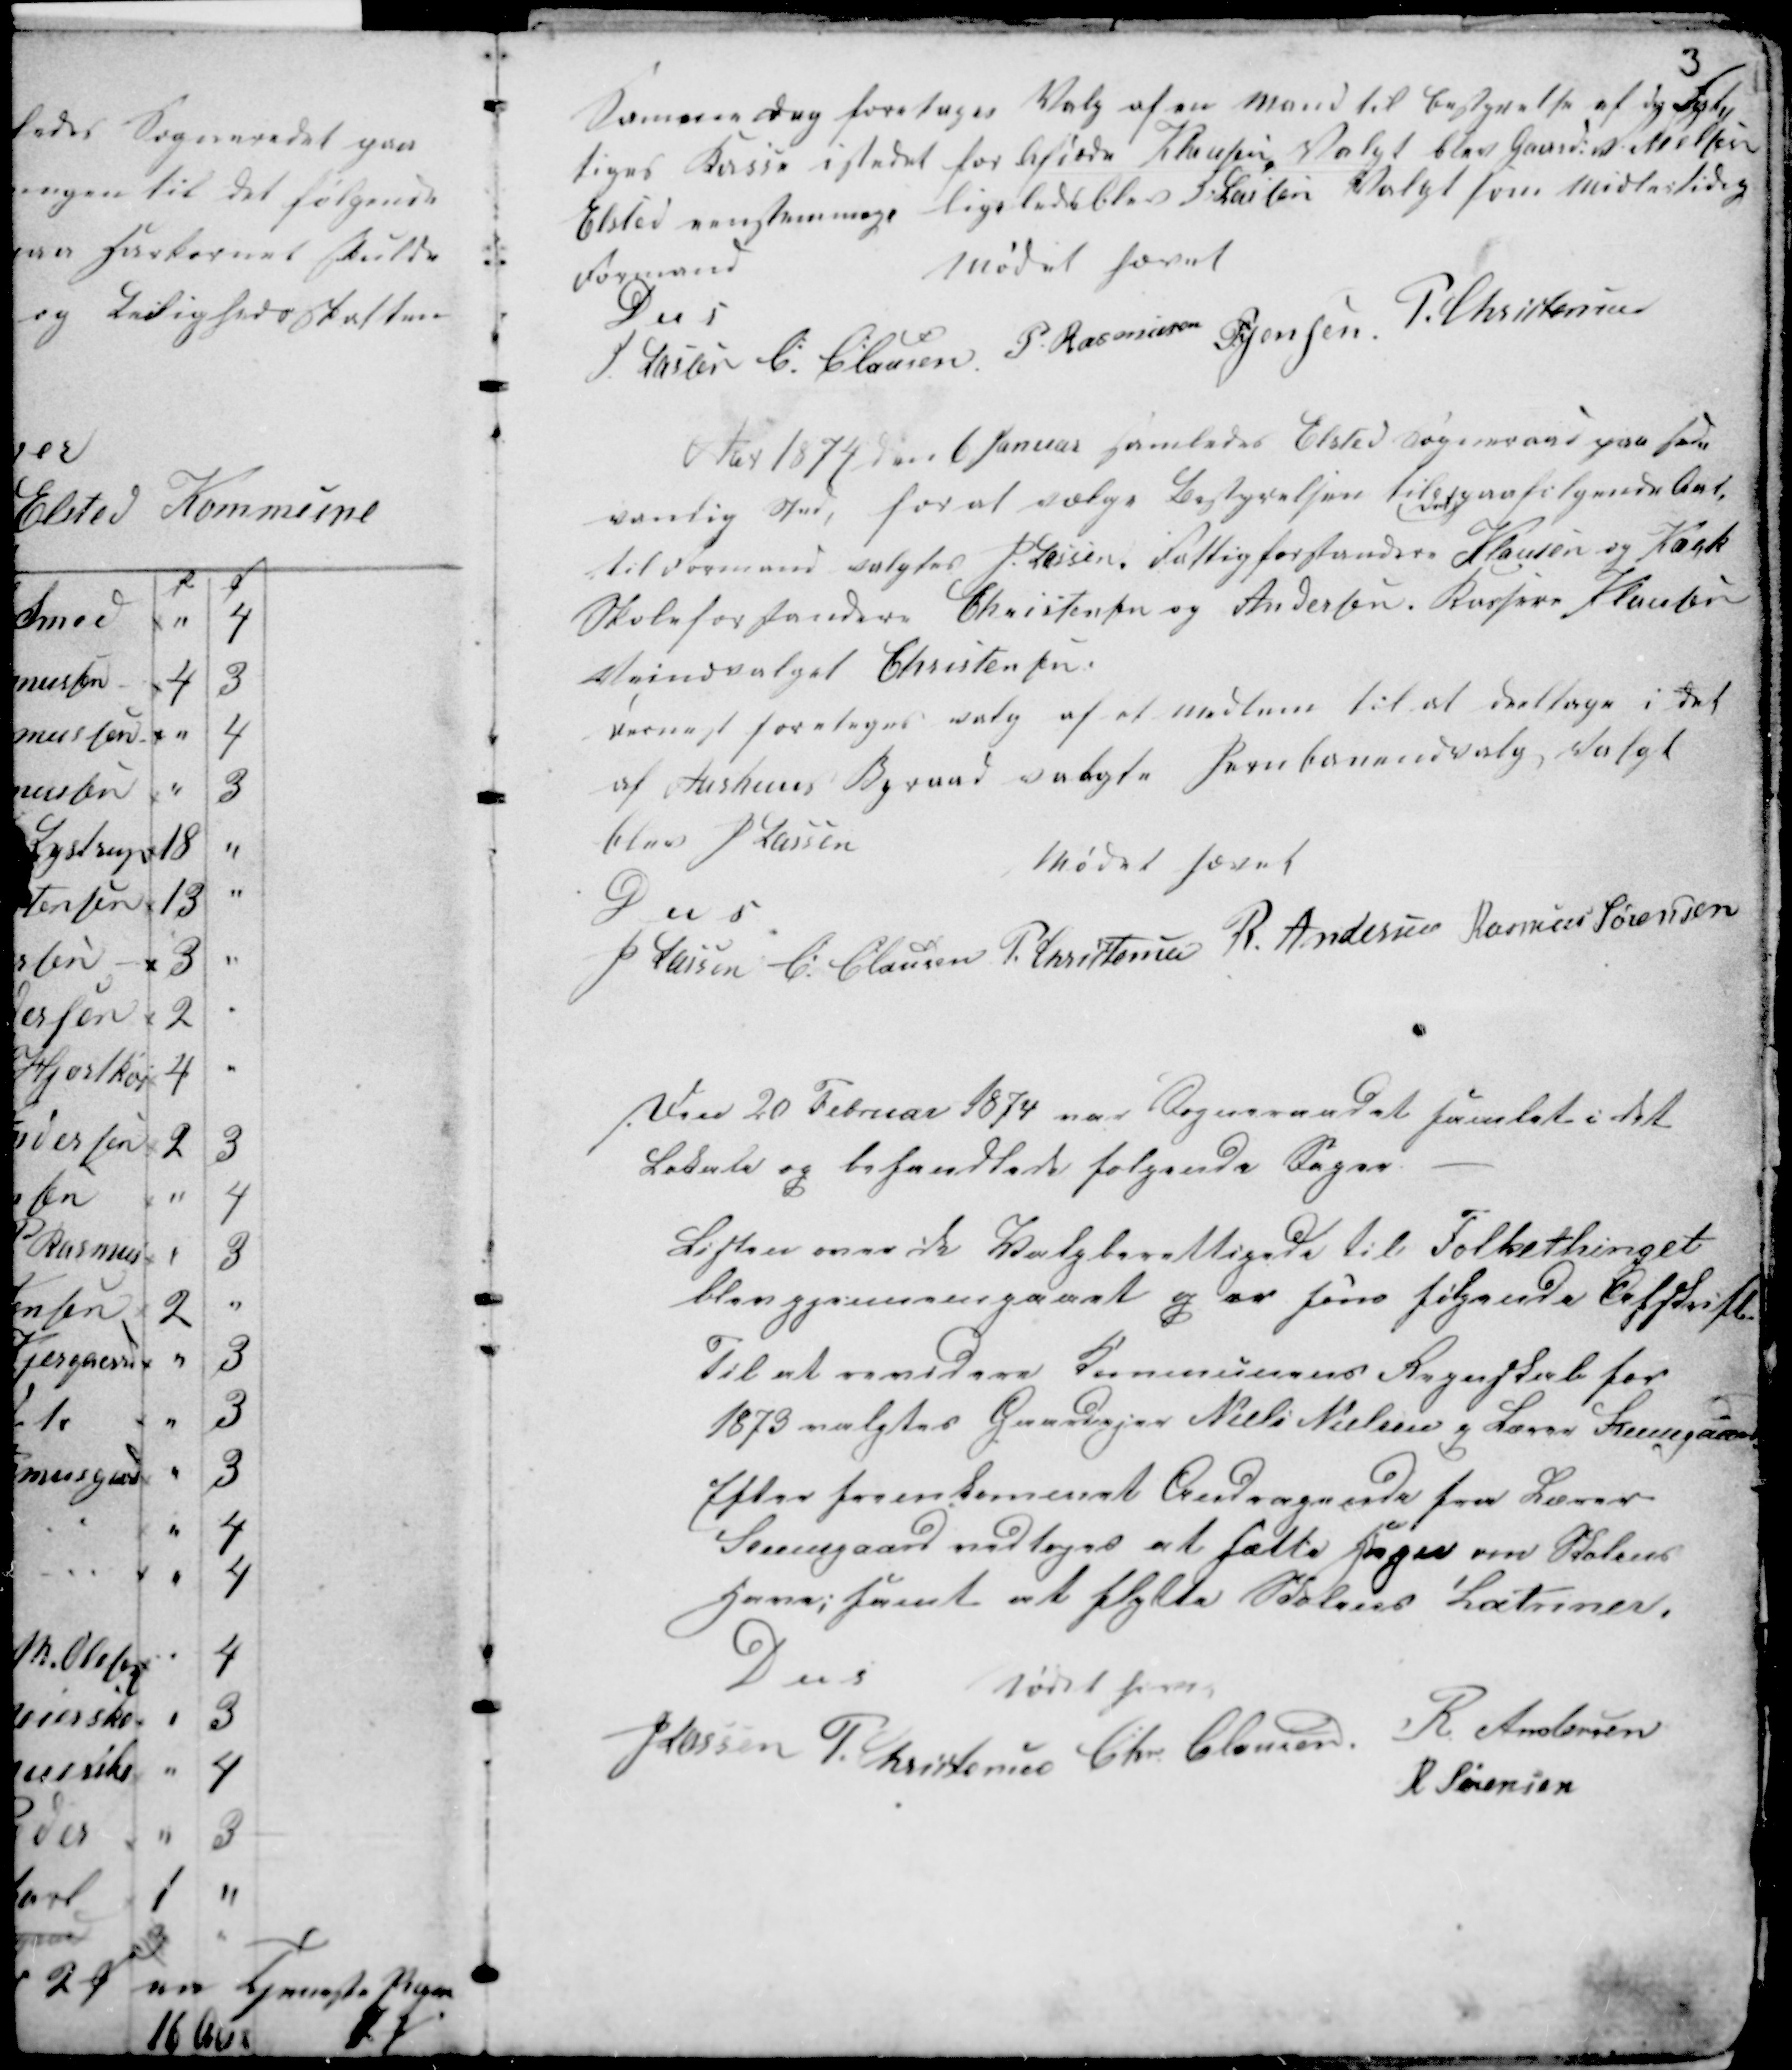
Transskription:
3

Samme dag foretoges Valg af en mand til Bestyrelse af de Fatti-
ges Kasse istedet for ...... Klausen, valgt blev Gaard: N. Nielsen
Elsted enstemmige ligeledes blev H. Lassen Valgt som midlertidig
Formand
Mødet hævet
D u s
H Lassen C Clausen P. Rasmussen PJensen P. Christensen

Aar 1874 den 6 Januar samledes Elsted Sogneraad paa sæd-
vanlig Sted, for at vælge Bestyrelsen til
valg
.............gende Amt.
til Formand valgtes H Lassen, Fattigforstandere Klausen og Kock
Skoleforstandere Christensen og Andersen. Kasper Klausen
st......indvalget Christensen.
dernæst foretoges valg af et Medlem til at deltage i det
af Aarhuus Byraad valgte S....mandsvalg valgt
blev H Lassen
Mødet hævet
D u s
H Lassen C Clausen P. Christensen R. Andersen Rasmus Sørensen

Den 20 Februar 1874 var Sogneraadet samlet i det
Lokale og behandlede følgende Sager -
Listen med de Valgberettigede til Folkethinget
blev gjennemgaaet og er som følgende Afskrifter
Til at revidere Kommunens Regnskab for
1873 valgtes Gaardejer Niels Nielsen og Lærer Steensgaard
Efter fremkommet Andragende fra Lærer
Steensgaard vedtoges at sætte Sagen om Skolens
..va; samt at flytte Skolens Latriner.
Mødet hævet
D u s
H Lassen P. Christensen Chr Clausen
R Andersen
R Sørensen